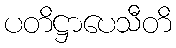
ပတိဋ္ဌာပေသီတိ